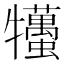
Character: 𤜒